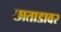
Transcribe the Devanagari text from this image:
छाताडावर